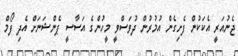
ޖެނުއަރީ އެކަކުން ފެށިގެން އުމުރުން ދުވަސްވީ މީހުންގެ އަސާސީ ޕެންޝަނަށް އެދި ފޯމް